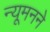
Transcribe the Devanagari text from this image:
न्यूमनने